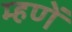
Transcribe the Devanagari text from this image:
म्हणें